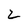
Character: 2